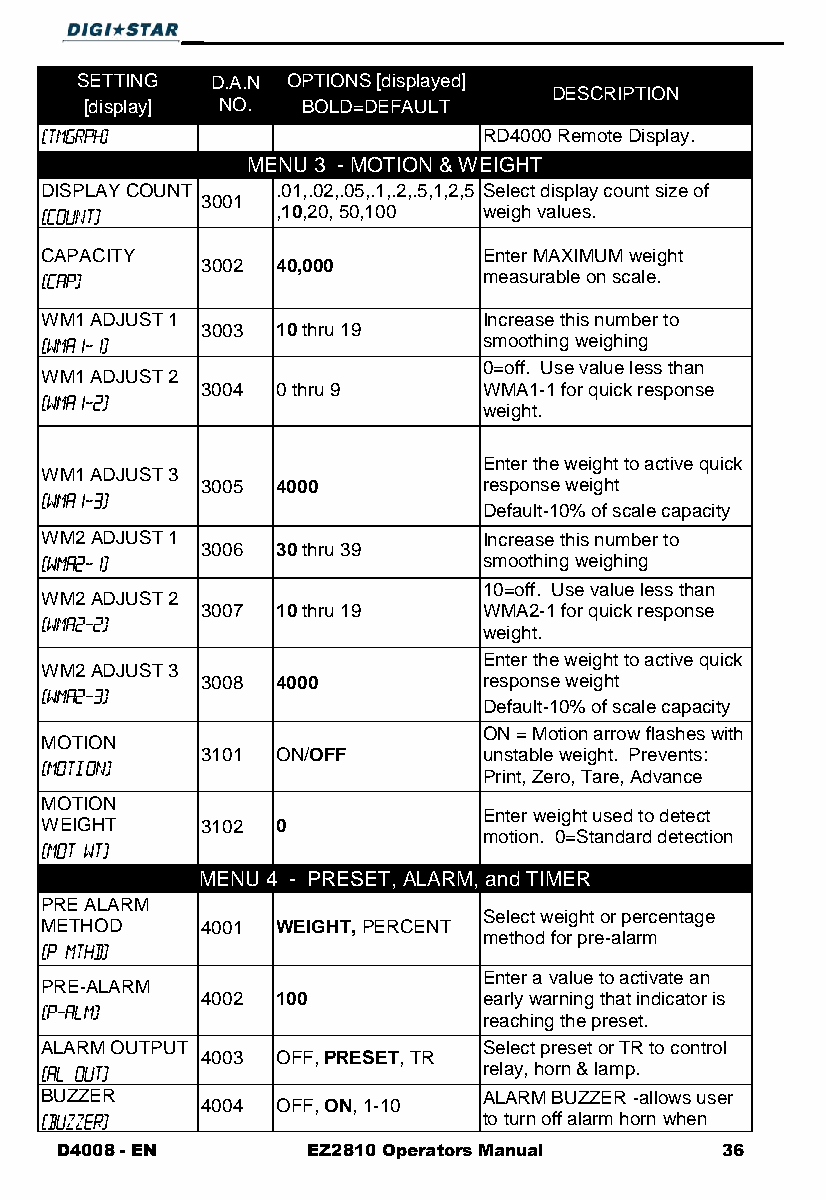
SETTING  D.A.N OPTIONS [displayed]
 DESCRIPTION
 [display] NO. BOLD=DEFAULT
 RD4000 Remote Display.
 MENU 3 - MOTION & WEIGHT
 DISPLAY COUNT  .01,.02,.05,.1,.2,.5,1,2,5 Select display count size of
 3001
 ,10,20, 50,100 weigh values.
 CAPACITY                     Enter MAXIMUM weight
 3002 40,000
 measurable on scale.
 WM1 ADJUST 1                 Increase this number to
 3003 10 thru 19
 smoothing weighing
 0=off. Use value less than
 WM1 ADJUST 2
 3004 0 thru 9      WMA1-1 for quick response
 weight.
 Enter the weight to active quick
 WM1 ADJUST 3
 3005 4000          response weight
 Default-10% of scale capacity
 WM2 ADJUST 1                 Increase this number to
 3006 30 thru 39
 smoothing weighing
 10=off. Use value less than
 WM2 ADJUST 2
 3007 10 thru 19    WMA2-1 for quick response
 weight.
 Enter the weight to active quick
 WM2 ADJUST 3
 3008 4000          response weight
 Default-10% of scale capacity
 ON = Motion arrow flashes with
 MOTION
 3101 ON/OFF        unstable weight. Prevents:
 Print, Zero, Tare, Advance
 MOTION
 Enter weight used to detect
 WEIGHT    3102 0
 motion. 0=Standard detection
 MENU 4 - PRESET, ALARM, and TIMER
 PRE ALARM
 Select weight or percentage
 METHOD    4001 WEIGHT, PERCENT
 method for pre-alarm
 Enter a value to activate an
 PRE-ALARM
 4002 100           early warning that indicator is
 reaching the preset.
 ALARM OUTPUT                 Select preset or TR to control
 4003 OFF, PRESET, TR
 relay, horn & lamp.
 BUZZER                       ALARM BUZZER -allows user
 4004 OFF, ON, 1-10
 to turn off alarm horn when
 D4008 - EN      EZ2810 Operators Manual     36